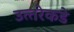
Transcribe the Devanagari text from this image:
उत्‍तरेकडे